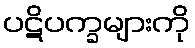
ပဋိပက္ခများကို